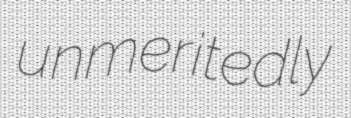
unmeritedly